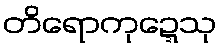
တိရောကုဍ္ဍေသု